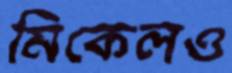
মিকেলও